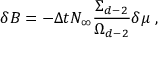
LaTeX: \delta B = - \Delta t N _ { \infty } \frac { \Sigma _ { d - 2 } } { \Omega _ { d - 2 } } \delta \mu \; ,